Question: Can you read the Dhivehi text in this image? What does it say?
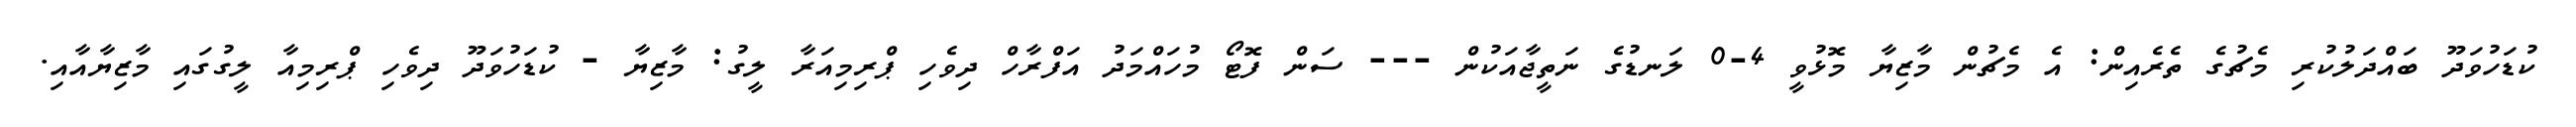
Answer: ކުޑަހުވަދޫ ބައްދަލުކުރި މެޗުގެ ތެރެއިން: އެ މެޗުން މާޒިޔާ މޮޅުވީ 4-0 ލަނޑުގެ ނަތީޖާއަކުން --- ސަން ފޮޓޯ މުހައްމަދު އަފްރާހް ދިވެހި ޕްރިމިއަރާ ލީގު: މާޒިޔާ - ކުޑަހުވަދޫ ދިވެހި ޕްރިމިއާ ލީގުގައި މާޒިޔާއާއި.